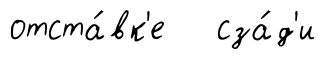
отста́вк'е сза́д'и